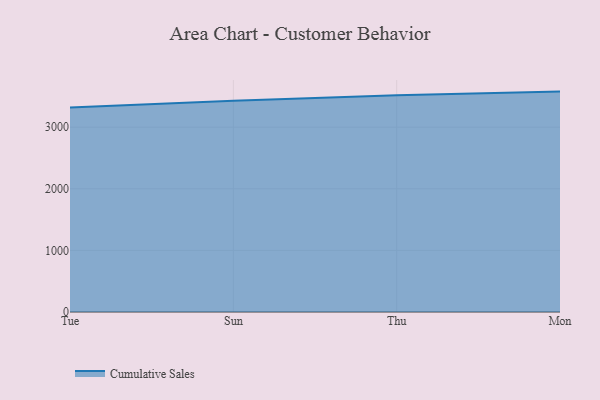
{"axis": {"x": "Day", "y": "Shipments"}, "legend": ["Cumulative Sales"], "data": [{"x": "Tue", "y": 3320.4, "type": "Cumulative Sales"}, {"x": "Sun", "y": 3426.8, "type": "Cumulative Sales"}, {"x": "Thu", "y": 3518.3, "type": "Cumulative Sales"}, {"x": "Mon", "y": 3576.7, "type": "Cumulative Sales"}]}